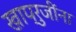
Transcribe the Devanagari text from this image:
खाप्रुजींना